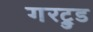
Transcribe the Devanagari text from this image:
गरट्रुड